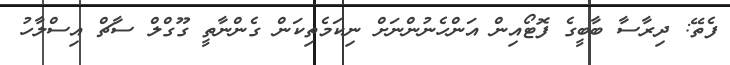
ފެތޭ: ދިރާސާ ބާބީގެ ފޮޓޯއިން އަންހެނުންނަށް ނިކަމެތިކަން ގެންނާތީ ގޫގްލް ސާޗް އިސްލާހު